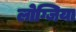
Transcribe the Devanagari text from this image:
लोग्जिया